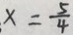
x = \frac { 5 } { 4 }